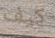
كيف